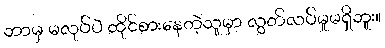
ဘာမှ မလုပ်ပဲ ထိုင်စားနေတဲ့သူမှာ လွတ်လပ်မှုမရှိဘူး။